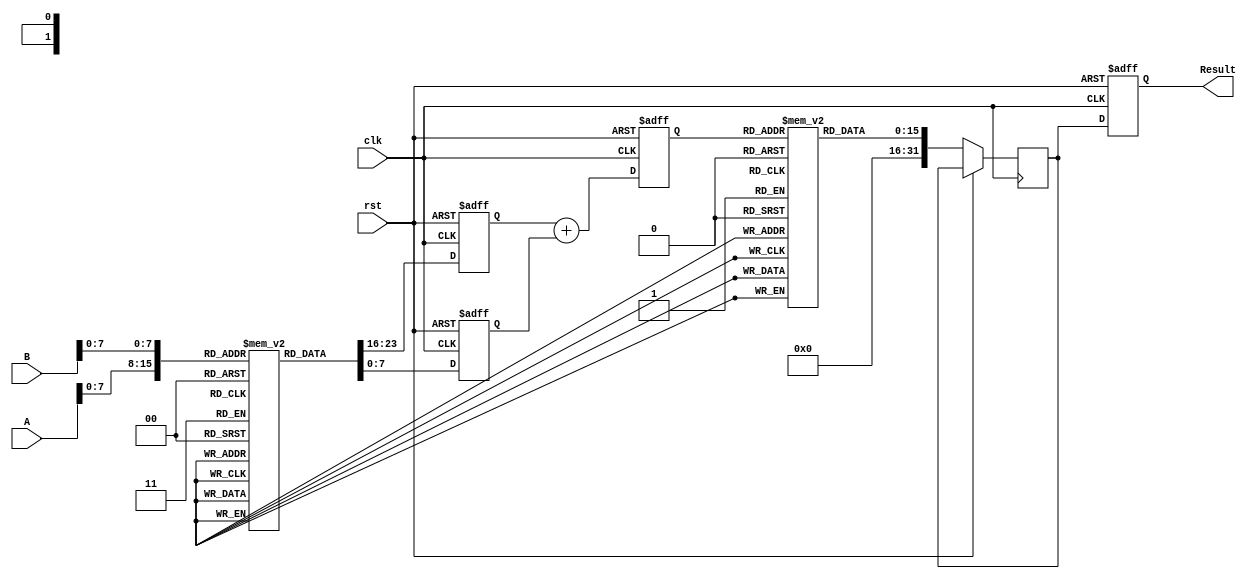
module LogarithmicMultiplier (
    input [15:0] A, // Input operand A
    input [15:0] B, // Input operand B
    output reg [31:0] Result, // Output result
    input clk, // Clock signal
    input rst // Reset signal
);

    // Parameters for LUT size
    parameter LUT_SIZE = 256;
    reg [15:0] log_table [0:LUT_SIZE-1]; // Logarithm lookup table
    reg [15:0] exp_table [0:LUT_SIZE-1]; // Exponential lookup table

    // Internal signals
    reg [15:0] logA, logB, logResult;
    reg [31:0] expResult;

    // Initialize the logarithm and exponential tables
    initial begin
        // Populate log_table with precomputed logarithm values
        // Example: log_table[i] = log(i) for i = 0 to LUT_SIZE-1
        // Populate exp_table with precomputed exponential values
        // Example: exp_table[i] = e^(i/LUT_SIZE) for i = 0 to LUT_SIZE-1
        // This is just a placeholder; actual values need to be computed.
    end

    // Logarithmic conversion
    always @(posedge clk or posedge rst) begin
        if (rst) begin
            logA <= 0;
            logB <= 0;
            logResult <= 0;
            Result <= 0;
        end else begin
            // Normalize inputs and convert to log
            logA <= log_table[A[7:0]]; // Assuming A is in range [0, 255]
            logB <= log_table[B[7:0]]; // Assuming B is in range [0, 255]

            // Addition of logarithmic values
            logResult <= logA + logB;

            // Exponential conversion
            expResult <= exp_table[logResult[7:0]]; // Assuming logResult is in range [0, 255]

            // Final result
            Result <= expResult;
        end
    end

endmodule